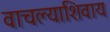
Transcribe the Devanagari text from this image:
वाचल्याशिवाय